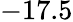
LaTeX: -17.5